Junior Leaving Certificate, 1939
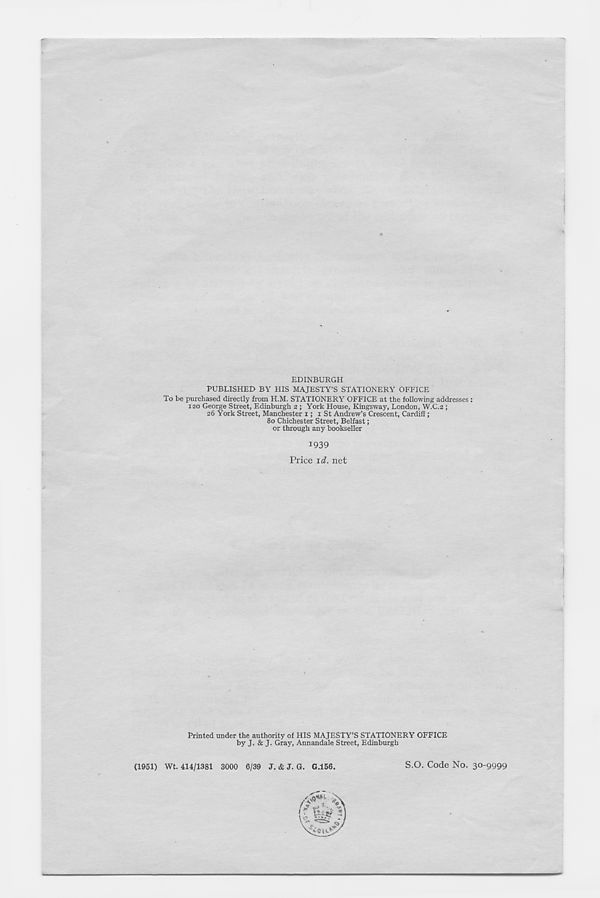
EDINBURGH
PUBLISHED BY HIS MAJESTY’S STATIONERY OFFICE
To be purchased directly from H.M. STATIONERY OFFICE at the following addresses:
120 George Street, Edinburgh 2 ; York House, Kingsway, London, W.C.2 ;
26 York Street, Manchester 1; 1 St Andrew’s Crescent, Cardiff;
80 Chichester Street, Belfast;
or through any bookseller
1939
Price id. net
Printed under the authority of HIS MAJESTY’S STATIONERY OFFICE
by J. & J. Gray, Annandale Street, Edinburgh
(1951) Wt. 414/1381 3000 6/39 J. & J. G. G.156.
S.O. Code No. 30-9999